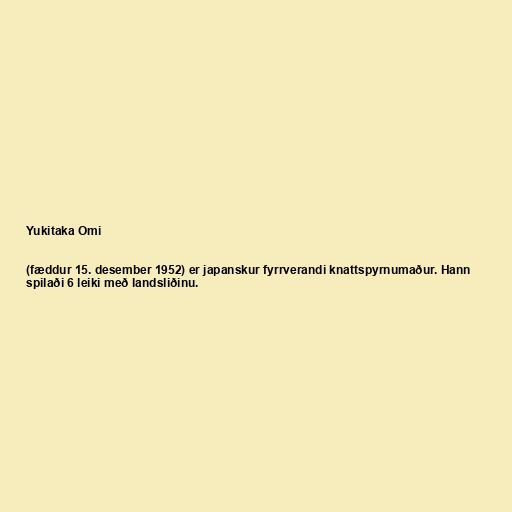
Yukitaka Omi

(fæddur 15. desember 1952) er japanskur fyrrverandi knattspyrnumaður. Hann
spilaði 6 leiki með landsliðinu.